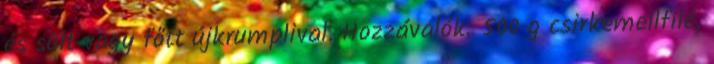
és sült vagy főtt újkrumplival. Hozzávalók: 500 g csirkemellfilé,